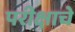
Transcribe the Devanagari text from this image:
परीक्षाचे